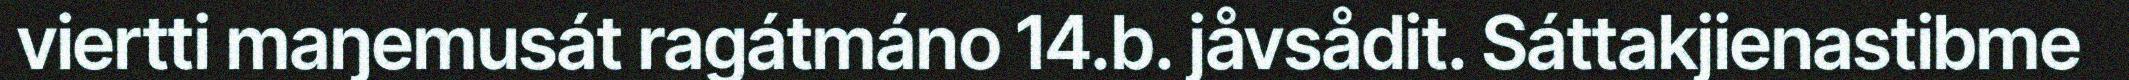
viertti maŋemusát ragátmáno 14.b. jåvsådit. Sáttakjienastibme